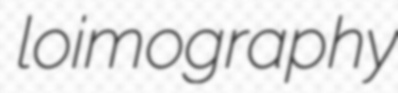
loimography